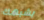
يشبهك